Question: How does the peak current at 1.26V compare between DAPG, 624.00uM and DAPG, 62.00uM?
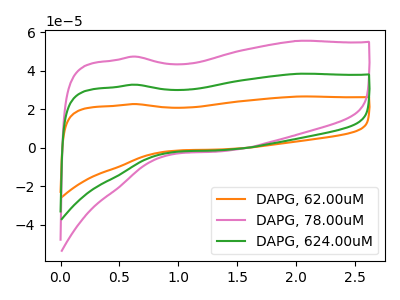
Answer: <think>The orange curve "DAPG, 62.00uM" has no peaks. The pink curve "DAPG, 78.00uM" has no peaks. The green curve "DAPG, 624.00uM" has no peaks.</think>
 <answer>"DAPG, 624.00uM" and "DAPG, 62.00uM" dont share a peak at 1.26V.</answer>
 <eval>mismatch</eval>